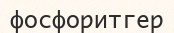
фосфоритгер